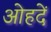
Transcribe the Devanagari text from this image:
ओहदें